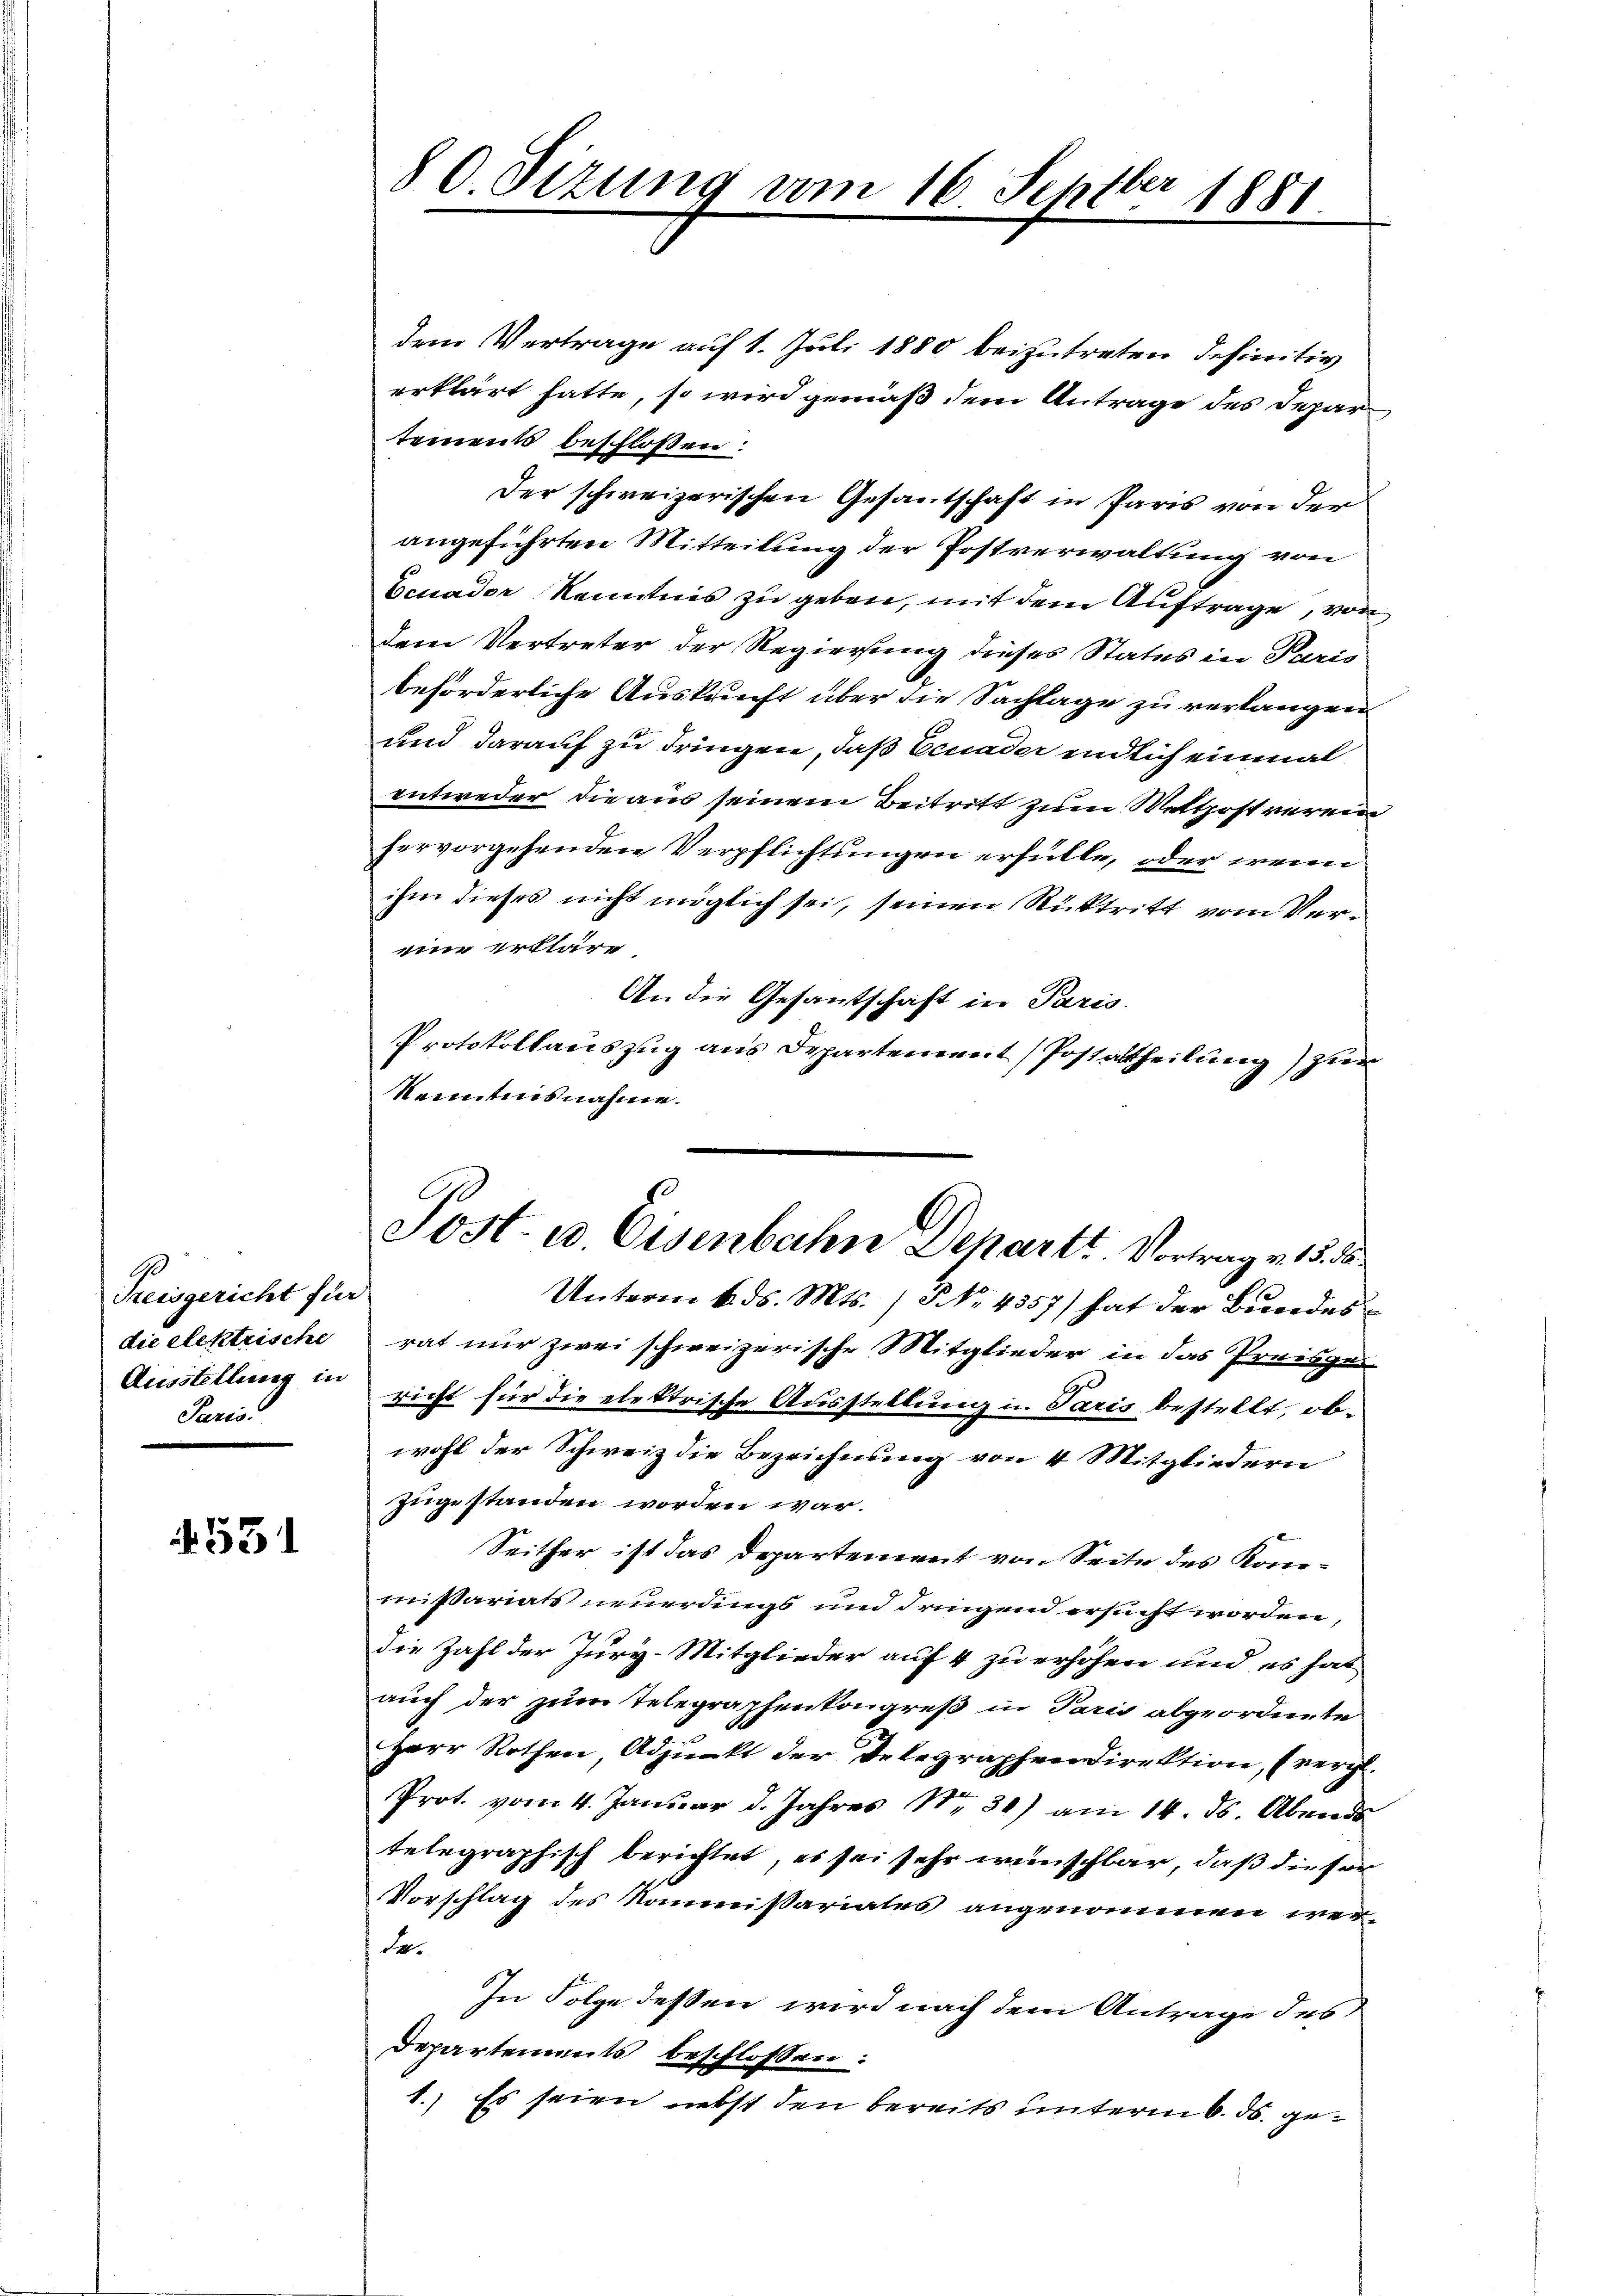
G
Freisgericht für
die elektrische
Ausstellung in
Paris.

531

80 Sizung vom 16. Septber 1881

Sost- u. Eisenbahn Departe Vortrag v. 15. de

dem Vertrage auf 1. Juli 1880 beizutreten definitiv
erklärt hatte, so wird gemäß dem Antrage des Departement beschlossen:
Der schweizerischen Gesantschaft in Paris von der
angeführten Mitteilung der Postverwaltung von
Eeuader Kenntnis zu geben, mit dem Auftrage, von
dem Vertreter der Regierung dieses Status in Paris
beförderliche Auskunft über die Sachlage zu verlangen
und darauf zu dringen, daß Ecuader endlich einmal
entweder die aus seinem Beitritt zum Wettest verein
hervorgehenden Verpflichtungen erfülle, oder wenn
ihm dieses nicht möglich sei, seinen Rücktritt vom Vereine Erkläre
An die Gesantschaft in Paris.
Protokollauszug aus Departement (Postattheilung) zur
kanntnisnahme.
Unterm 6. ds. Mts. ) No. 4357) hat der Bundesrat nur zwei schweizerische Mitglieder in das Preisgei
richt für die elektrische Ausstellung u. Paris bestellt, obwohl der Schweiz die Bezeichnung von 4 Mitgliedern
zugestanden worden war.
Seither ist das Departement von Seite des Kommißariats neuerdings und dringend ersucht worden,
die Zahl der Jury-Mitglieder auf 4 zu erhöhen und es hat
auch der zum Telegraphenkongreß in Paris abgeordnete
Herr Rothen Adjunkt der Delegrapheerdirektion, (vergl.
Prot. vom 4. Januar d. Jahres Nr. 30) am 14. ds. Abends
telegraphisch berichtet, es sei sehr wünschbar, daß die ser
Vorschlag des Kommißariates angenommen werde.
In Folge dessen wird nach dem Antrage des
Departements beschlossen:
1.) Es seien nebst den bereits unterm 6. ds. ge¬